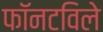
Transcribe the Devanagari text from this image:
फॉनटविले